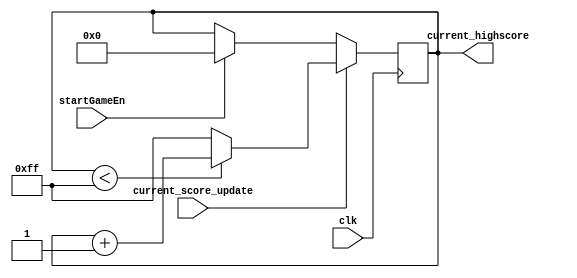
module current_score_handler(current_highscore, clk, current_score_update, startGameEn);
	input startGameEn;
	input clk; // default 50mhz clock on de2 board
	input current_score_update; // enable signal prompting us to increment the current score
	output reg [7:0] current_highscore; // 8 bit register which stores the user's current highscore
	
	always@(posedge clk) begin
		if(startGameEn)begin
			current_highscore <= 8'b0;
		end
		if(current_score_update) begin	
			current_highscore <= (current_highscore < 8'hFF) ?  current_highscore + 1'b1 : 8'hFF;
		end
   end

endmodule